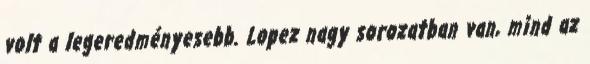
volt a legeredményesebb. Lopez nagy sorozatban van, mind az